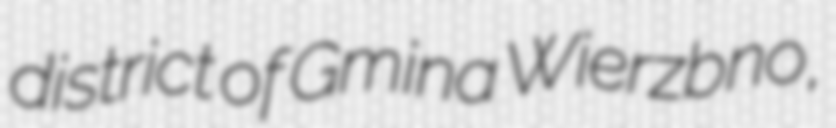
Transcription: district of Gmina Wierzbno,